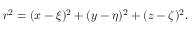
r ^ { 2 } = ( x - \xi ) ^ { 2 } + ( y - \eta ) ^ { 2 } + ( z - \zeta ) ^ { 2 } .